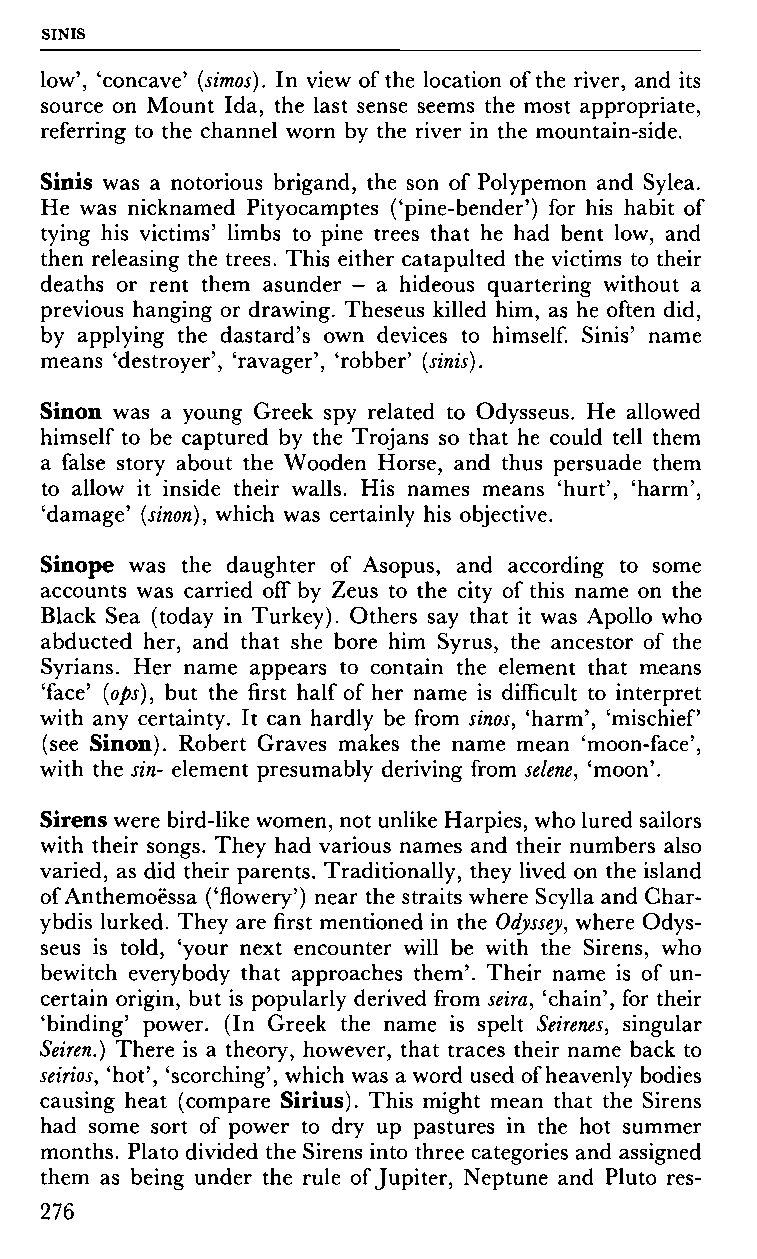
SINIS
 low', 'concave' (simos). In view of the location of the river, and its
 source on Mount Ida, the last sense seems the most appropriate,
 referring to the channel worn by the river in the mountain-side.
 Sinis was a notorious brigand, the son of Polypemon and Sylea.
 He was nicknamed Pityocamptes ('pine-bender') for his habit of
 tying his victims' limbs to pine trees that he had bent low, and
 then releasing the trees. This either catapulted the victims to their
 deaths or rent them asunder - a hideous quartering without a
 previous hanging or drawing. Theseus killed him, as he often did,
 by applying the dastard's own devices to himself. Sinis' name
 means 'destroyer', 'ravager', 'robber' (sinis).
 Sinon was a young Greek spy related to Odysseus. He allowed
 himself to be captured by the Trojans so that he could tell them
 a false story about the Wooden Horse, and thus persuade them
 to allow it inside their walls. His names means 'hurt', 'harm',
 'damage' (sinon), which was certainly his objective.
 Sinope was the daughter of Asopus, and according to some
 accounts was carried off by Zeus to the city of this name on the
 Black Sea (today in Turkey). Others say that it was Apollo who
 abducted her, and that she bore him Syrus, the ancestor of the
 Syrians. Her name appears to contain the element that means
 'face' (ops), but the first half of her name is difficult to interpret
 with any certainty. It can hardly be from sinos, 'harm', 'mischief
 (see Sinon). Robert Graves makes the name mean 'moon-face',
 with the sin- element presumably deriving from selene, 'moon'.
 Sirens were bird-like women, not unlike Harpies, who lured sailors
 with their songs. They had various names and their numbers also
 varied, as did their parents. Traditionally, they lived on the island
 of Anthemoëssa ('flowery') near the straits where Scylla and Char-
 ybdis lurked. They are first mentioned in the Odyssey, where Odys
 seus is told, 'your next encounter will be with the Sirens, who
 bewitch everybody that approaches them'. Their name is of un
 certain origin, but is popularly derived from seira, 'chain', for their
 'binding' power. (In Greek the name is spelt Seirenes, singular
 Seiren.) There is a theory, however, that traces their name back to
 seirios, 'hot', 'scorching', which was a word used of heavenly bodies
 causing heat (compare Sirius). This might mean that the Sirens
 had some sort of power to dry up pastures in the hot summer
 months. Plato divided the Sirens into three categories and assigned
 them as being under the rule of Jupiter, Neptune and Pluto res-
 276